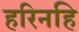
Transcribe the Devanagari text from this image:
हरिनहि